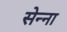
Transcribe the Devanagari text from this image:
सेन्‍ना